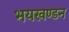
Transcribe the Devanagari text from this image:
भयखण्डन